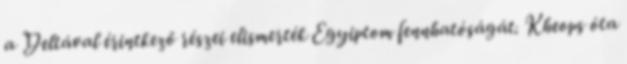
a Deltával érintkező részei elismerték Egyiptom fennhatóságát. Kheops óta